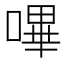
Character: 嗶